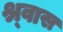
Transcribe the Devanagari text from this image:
श्र्वास